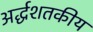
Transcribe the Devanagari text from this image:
अर्द्धशतकीय